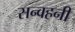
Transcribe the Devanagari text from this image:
सन्वहनी